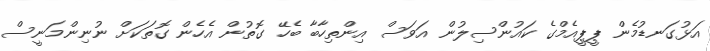
އަޅުގަނޑުމެން ޕީޕީއެމްގެ ކައުންސިލުން އަވަސް އިންތިހާބާ ބެހޭ ގޮތުން އެހެން ގޮތަކަށް ނުނިންމަނީސް